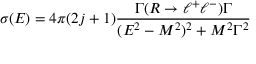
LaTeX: \sigma ( E ) = 4 \pi ( 2 j + 1 ) \frac { \Gamma ( R \to \ell ^ { + } \ell ^ { - } ) \Gamma } { ( E ^ { 2 } - M ^ { 2 } ) ^ { 2 } + M ^ { 2 } \Gamma ^ { 2 } }